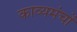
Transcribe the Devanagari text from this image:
काव्यमंचों